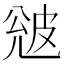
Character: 𭽦